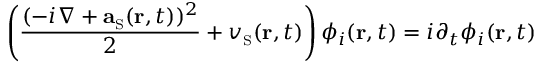
\left( \frac { ( - i \nabla + { \bf a } _ { \scriptscriptstyle \mathrm { S } } ( { \bf r } , t ) ) ^ { 2 } } { 2 } + v _ { \scriptscriptstyle \mathrm { S } } ( { \bf r } , t ) \right) \phi _ { i } ( { \bf r } , t ) = i \partial _ { t } { \phi _ { i } ( { \bf r } , t ) }